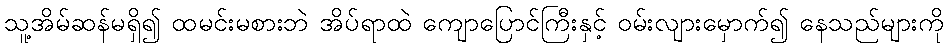
သူ့အိမ်ဆန်မရှိ၍ ထမင်းမစားဘဲ အိပ်ရာထဲ ကျောပြောင်ကြီးနှင့် ဝမ်းလျားမှောက်၍ နေသည်များကို